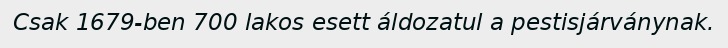
Csak 1679-ben 700 lakos esett áldozatul a pestisjárványnak.